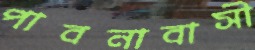
পাবনাবাসী